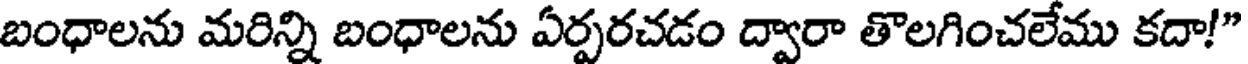
బంధాలను మరిన్ని బంధాలను ఏర్పరచడం ద్వారా తొలగించలేము కదా!"